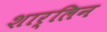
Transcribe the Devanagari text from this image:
शार्लिन